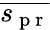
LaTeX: \overline{{s_{\mathrm{~p~r~}}}}